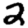
Digit: 2